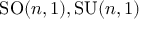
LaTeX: \mathrm { S O } ( n , 1 ) , \mathrm { S U } ( n , 1 )